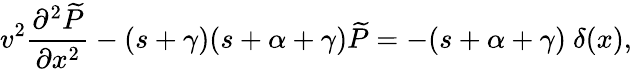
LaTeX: v^{2}\frac{\partial^{2}{\widetilde P}}{\partial x^{2}}-(s+\gamma)(s+\alpha+\gamma){\widetilde P}=-(s+\alpha+\gamma)\ \delta(x),